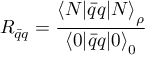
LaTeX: R _ { \bar { q } q } = \frac { { { \langle N | \bar { q } q | N \rangle } _ { \rho } } } { { \langle 0 | \bar { q } q | 0 \rangle } _ { 0 } }